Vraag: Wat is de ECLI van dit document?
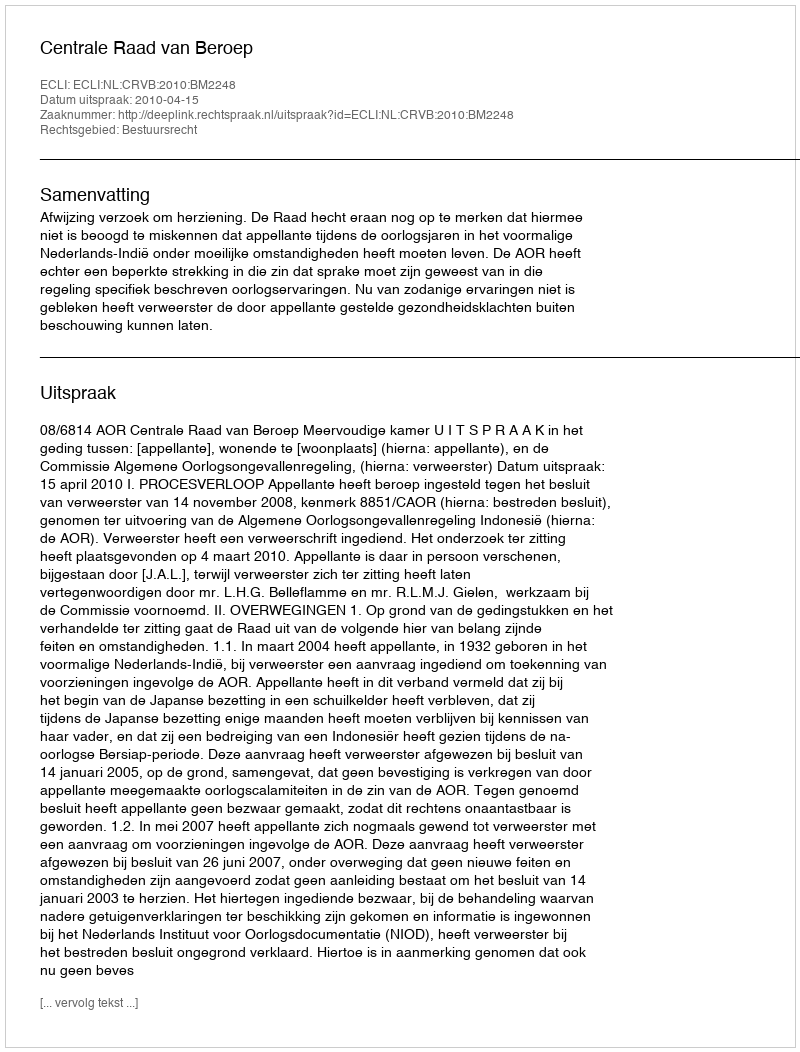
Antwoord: ECLI:NL:CRVB:2010:BM2248